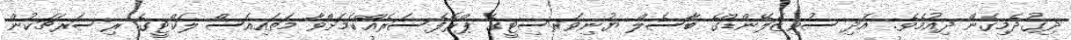
ދިގުދެމިގެން ދިއުމެވެ. އަދި ސުވިޒަލޭންޑްގެ ބާސެލް ޔުނިވަރސިޓީގެ ޕްރޮފެސަރެއްކަމަށްވާ މަތައިއަސް ލަކްޓީގެ ރިސަރޗަކުން